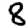
Digit: 8